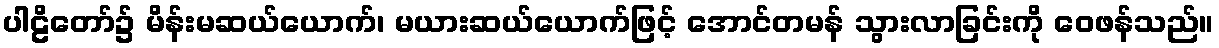
ပါဠိတော်၌ မိန်းမဆယ်ယောက်၊ မယားဆယ်ယောက်ဖြင့် အောင်တမန် သွားလာခြင်းကို ဝေဖန်သည်။